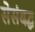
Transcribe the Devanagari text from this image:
सेसंबद्ध